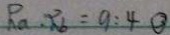
R _ { a } \cdot R _ { b } = 9 : 4 \textcircled { 3 }